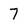
Character: 7